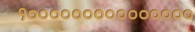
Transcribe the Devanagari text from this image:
१०००००००००००००००